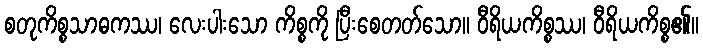
စတုကိစ္စသာဓကဿ၊ လေးပါးသော ကိစ္စကို ပြီးစေတတ်သော။ ဝီရိယကိစ္စဿ၊ ဝီရိယကိစ္စ၏။